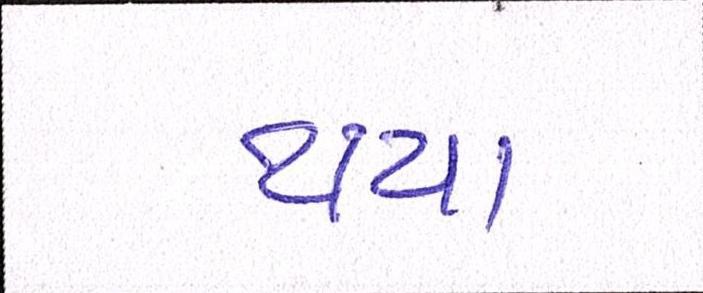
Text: થયા